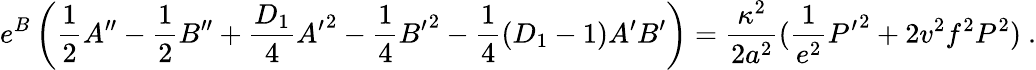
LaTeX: e^{B}\left(\frac{1}{2}A^{\prime\prime}-\frac{1}{2}B^{\prime\prime}+\frac{D_{1}}{4}{A^{\prime}}^{2}-\frac{1}{4}{B^{\prime}}^{2}-\frac{1}{4}(D_{1}-1)A^{\prime}B^{\prime}\right)=\frac{\kappa^{2}}{2a^{2}}(\frac{1}{e^{2}}{P^{\prime}}^{2}+2v^{2}f^{2}P^{2})~.